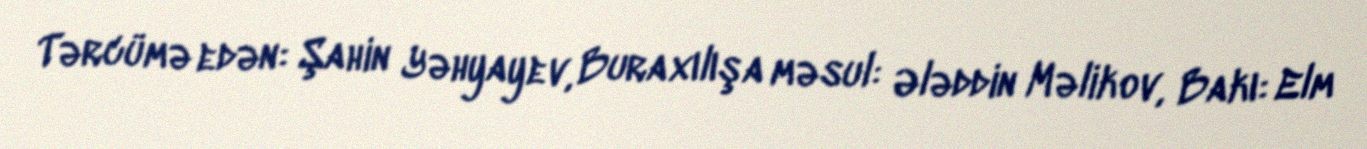
Tərcümə edən: Şahin Yəhyayev, Buraxılışa məsul: Ələddin Məlikov, Bakı: Elm